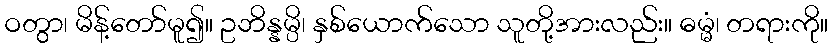
ဝတွာ၊ မိန့်တော်မူ၍။ ဥဘိန္နမ္ပိ၊ နှစ်ယောက်သော သူတို့အားလည်း။ ဓမ္မံ၊ တရားကို။